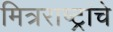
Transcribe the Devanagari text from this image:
मित्रराष्ट्रांचे